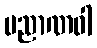
ပညာဏဝါ